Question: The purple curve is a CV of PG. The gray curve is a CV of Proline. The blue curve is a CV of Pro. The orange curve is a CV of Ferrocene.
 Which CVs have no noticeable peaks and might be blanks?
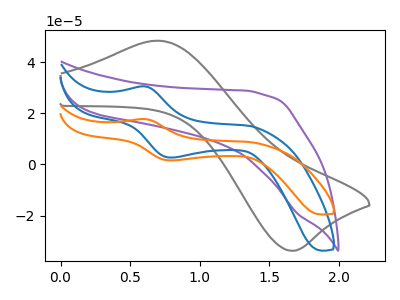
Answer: <think>The purple curve "PG" has no peaks. The gray curve "Proline" has an anodic peak at (0.70V, 48.35uA) and a cathodic peak at (1.65V, -33.75uA). The blue curve "Pro" has an anodic peak at (0.60V, 30.50uA) and a cathodic peak at (0.80V, 2.65uA). The orange curve "Ferrocene" has an anodic peak at (0.60V, 17.70uA) and a cathodic peak at (0.80V, 1.55uA).</think>
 <answer>"PG" is likely to be a blank.</answer>
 <eval>PG</eval>